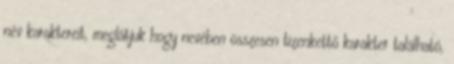
név karaktereit, meglátjuk hogy nevében összesen tizenkettő karakter található,